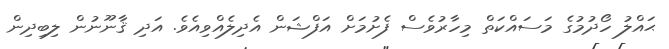
ޙައްލު ހޯދުމުގެ މަސައްކަތް މިހާރުވެސް ފެށުމަށް އަފްޝަން އެދިލެއްވިއެވެ. އަދި ޤާނޫނުން ލިބިދިން